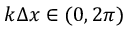
k \Delta x \in ( 0 , 2 \pi )